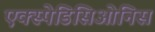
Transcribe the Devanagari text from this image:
एक्स्पेडिसिओनिस